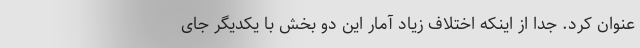
عنوان کرد. جدا از اینکه اختلاف زیاد آمار این دو بخش با یکدیگر جای